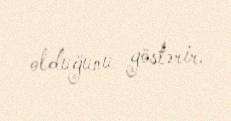
olduğunu göstərir.